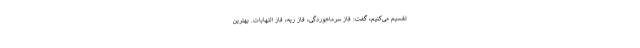
تقسیم می‌کنیم، گفت: فاز سرماخوردگی، فاز ریه، فاز التهابات. بهترین